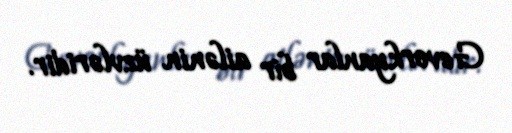
Gevorkyanlar bir ailənin üzvləridir.